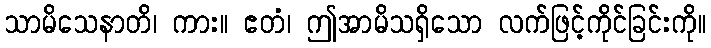
သာမိသေနာတိ၊ ကား။ ဧတံ၊ ဤအာမိသရှိသော လက်ဖြင့်ကိုင်ခြင်းကို။